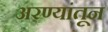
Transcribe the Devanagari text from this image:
अरण्यांतून